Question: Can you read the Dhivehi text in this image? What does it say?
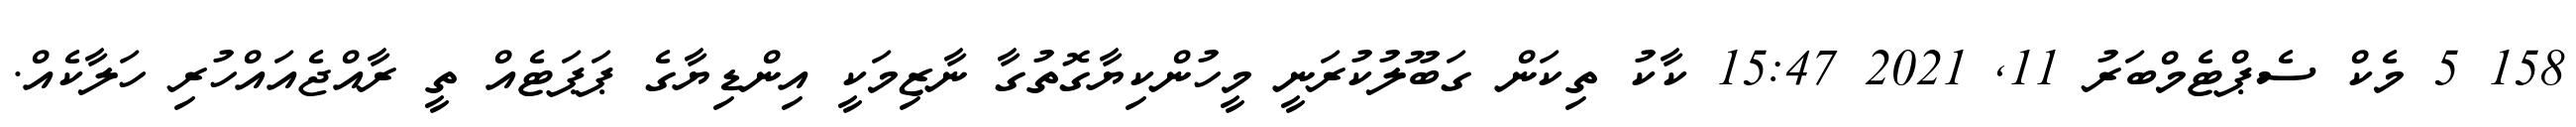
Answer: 158 5 މެކް ސެޕްޓެމްބަރު 11, 2021 15:47 ކާކު ތިކަން ގަބޫލުކުރަނީ މީހުންކިޔާގޮތުގާ ނާޒިމަކީ އިންޑިޔާގެ ޕަޕަޓެއް ތީ ރާއްޖެއައްހުރި ހަލާކެއް.